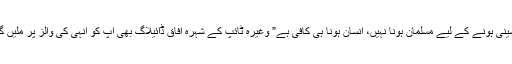
“حسینی ہونے کے لیے مسلمان ہونا نہیں، انسان ہونا ہی کافی ہے” وغیرہ ٹائپ کے شہرہ آفاق ڈائیلاگ بھی آپ کو انہی کی والز پر ملیں گے۔